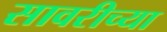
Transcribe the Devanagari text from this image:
सावरीच्या